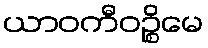
ယာဝကီဝဉ္စိမေ